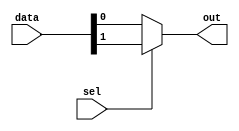
module mux_2to1 (
  input wire [1:0] data,   // Input data lines
  input wire sel,          // Selection signal
  output reg out           // Output signal
);

  always @* begin
    out = (sel == 1'b0) ? data[0] : data[1];
  end

endmodule